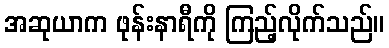
အဆုယာက ဖုန်းနာရီကို ကြည့်လိုက်သည်။